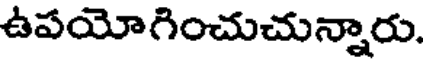
ఉపయోగించుచున్నారు.